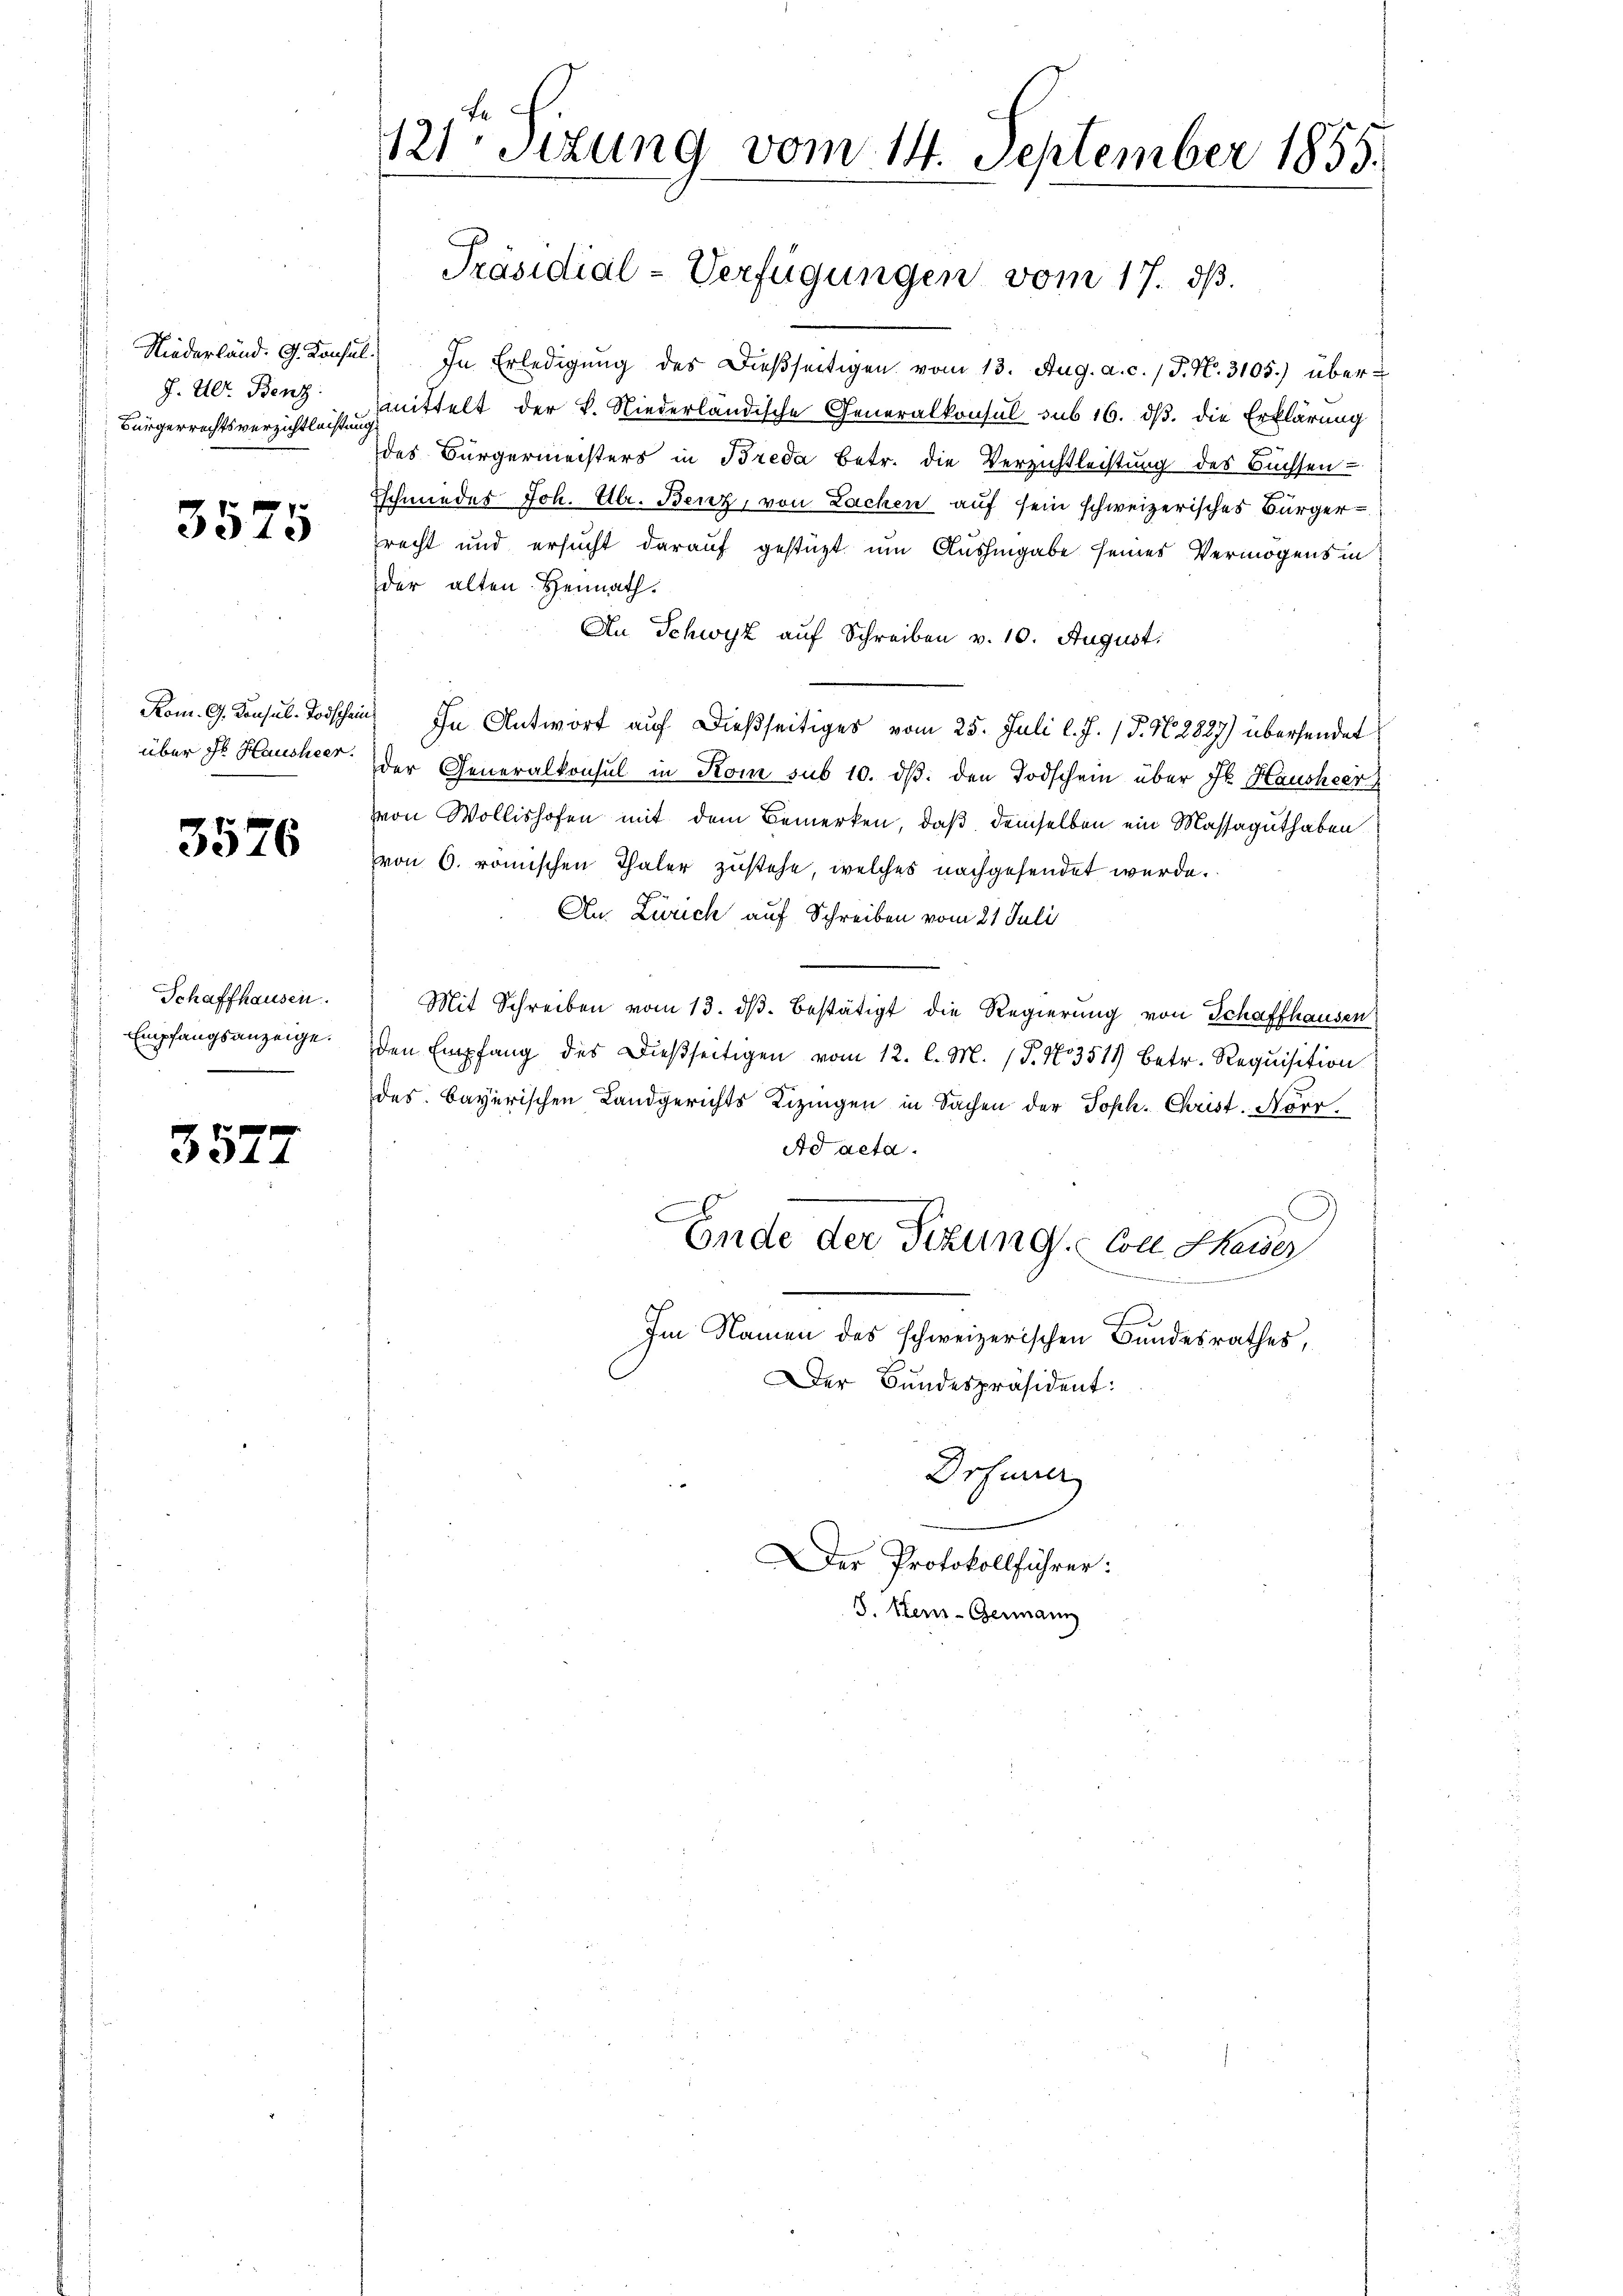
J. U. Benz.
Bürgerrechtsverzichtleistung

3575

Rom. G. Konsul-Todschein
über dr Hausheer.

3576

Schaffhausen.
Empfangsanzeige.

357.

121ten Sizung vom 14. September 1855.

Präsidial-Verfügungen vom 17. dß.

Niederländ. G. Konsul In Erledigung des dießseitigen vom 13. Aug. a. c. / P. Nr. 3105.) über-
mittelt der k. Niederländische Generalkonsul sub 16. dß. die Erklärung
des Bürgermeisters in Breda betr. die Verzichtleistung des Büchsen-
Eschmiedes Joh. Ulr. Benz, von Lachen auf sein schweizerisches Bürgerrecht und ersucht darauf gestüzt um Aushingabe seines Vermögens in
der alten Heimath.
An Schwyz auf Schreiben v. 10. August.
) In Antwort auf dießseitiges vom 25. Juli l. J. P. N. 2827) übersendet
der Generalkonsul in Kom sub 10. dβ. den Todschein über Jb. Hausheer
von Wollishofen mit dem Bemerken, daß demselben ein Massaguthaben
von 6. römischen Thaler zustehe, welches nachgesendet werde.
Au. Zürich auf Schreiben vom 21. Juli
Mit Schreiben vom 13. ds. bestätigt die Regierung von Schaffhausen
den Empfang des Dießseitigen vom 12. l. M. (T. No 3519 betr. Requisition
des. Bayerischen Landgerichts Lizingen in Sachen der Soph. Christ. Norr
Ad acta.
Ende der Sitzung von Heider
Im Namen des schweizerischen Bundesrathes,
Der Bundespräsident:
Drfurrer
Der Protokollführer:
8. Hein-Germann